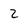
Character: 2